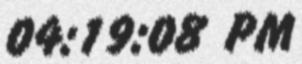
04:19:08 PM